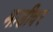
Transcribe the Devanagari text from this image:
माडीवर